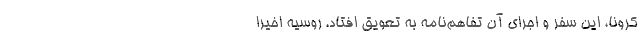
کرونا، این سفر و اجرای آن تفاهم‌نامه‌ به تعویق افتاد. روسیه اخیرا